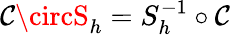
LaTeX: \mathcal{C}\circS_{h}=S_{h}^{-1}\circ\mathcal{C}